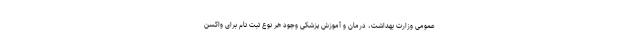
عمومی وزارت بهداشت، درمان و آموزش پزشکی وجود هر نوع ثبت نام برای واکسن